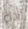
أداء